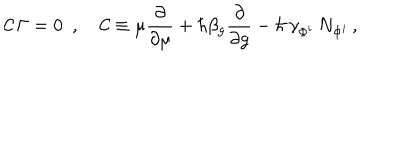
LaTeX: { \cal C \, } \Gamma = 0 \, \, \, , \, \; \; \, \, { \cal C } \equiv \mu \frac \partial { \partial \mu } + \hbar \beta _ { g } \frac \partial { \partial g } - \hbar \, \gamma _ { \Phi ^ { i } } \, N _ { \Phi ^ { i } } \, ,